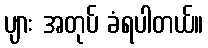
ပျား အတုပ် ခံရပါတယ်။